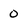
Character: 0